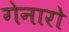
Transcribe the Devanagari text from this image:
गेनारो